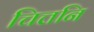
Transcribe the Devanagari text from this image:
चित्तनि